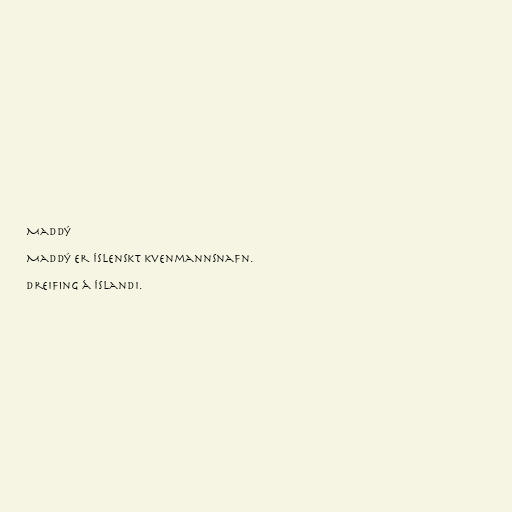
Maddý

Maddý er íslenskt kvenmannsnafn.

Dreifing á Íslandi.